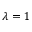
\lambda = 1